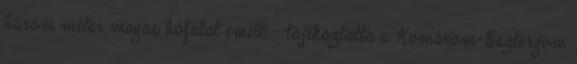
három méter magas hófalat emelt - tájékoztatta a Komárom-Esztergom